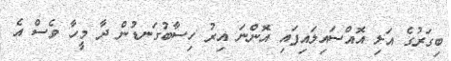
ބިގަރުގެ އަލި އޮއްސައިލައިފައި އޮންނަ އިރު ހިސާބުގަނޑުން ދާ މީހާ ވެސް އެ